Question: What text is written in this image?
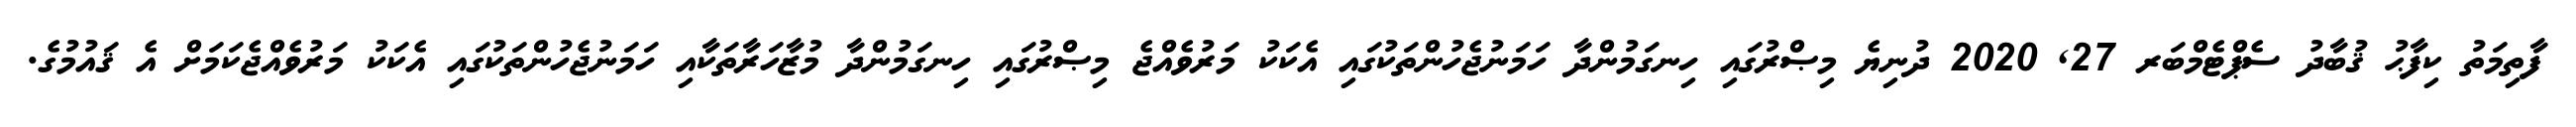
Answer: ފާތިމަތު ކިފާޙު ޤުބާދު ސެޕްޓެމްބަރ 27, 2020 ދުނިޔެ މިޞްރުގައި ހިނގަމުންދާ ހަމަނުޖެހުންތަކުގައި އެކަކު މަރުވެއްޖެ މިޞްރުގައި ހިނގަމުންދާ މުޒާހަރާތަކާއި ހަމަނުޖެހުންތަކުގައި އެކަކު މަރުވެއްޖެކަމަށް އެ ޤައުމުގެ.